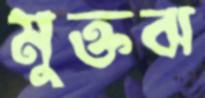
মুক্তঝ